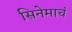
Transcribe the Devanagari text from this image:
सिनेमाचं